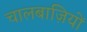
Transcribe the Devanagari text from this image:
चालबाज़ियों